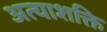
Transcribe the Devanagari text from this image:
अत्याशक्ति